Mental hospitals Bombay report 1921-28 - 1921-1928
Year: 1921
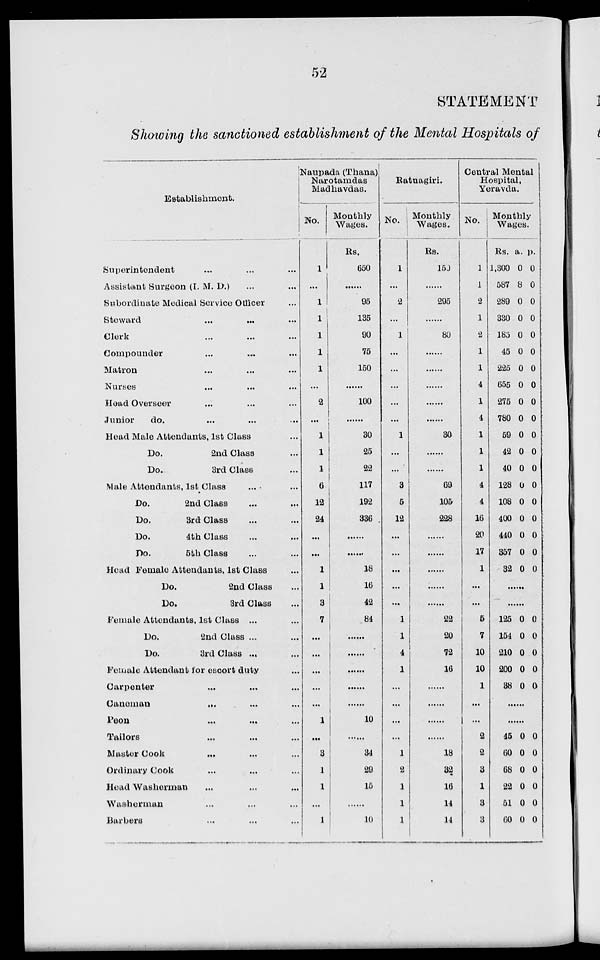
52
STATEMENT
Showing the sanctioned establishment of the Mental Hospitals of
Establishment.
Superintendent ... ... ...
Assistant Surgeon (I. M. D.) ... ...
Subordinate Medical Service Officer ...
Steward ... ... ...
Clerk ... ... ...
Compounder ... ... ...
Matron ... ... ...
Nurses ... ... ...
Head Overseer ... ... ...
Junior
do. ... ... ...
Head Male Attendants, 1st Class ...
Do.
2nd Class ...
Do.
3rd Class ...
Male Attendants, 1st Class ... ...
Do.
2nd Class ... ...
Do.
3rd
Class ... ...
Do.
4th Class ... ...
Do.
6th Class ... ...
Head Female Attendants, 1st Class ...
Do.
2nd Class ...
Do.
3rd Class ...
Female Attendants, 1st Class ...
Do.
2nd Class ... ...
Do.
3rd Class ... ...
Female Attendant tor escort duty ...
Carpenter ... ... ...
Caneman ... ... ...
Peon ... ... ...
Tailors ... ... ...
Master Cook ... ... ...
Ordinary Cook ... ... ...
Head Washerman ... ... ...
Washerman ... ... ...
Barbers ... ... ...
Naupada (Thana)
Narotamdas
Madhavdas.
No.
1
...
1
1
1
1
1
...
2
...
1
1
1
6
12
24
...
...
1
1
3
7
...
...
...
...
...
1
...
3
1
1
...
1
Monthly
Wages.
Rs.
650
......
95
135
90
75
150
......
100
......
30
25
22
117
192
336
......
......
18
16
42
84
......
......
......
......
......
10
......
34
29
15
......
10
Ratnagiri.
No.
1
...
2
...
1
...
...
...
...
...
1
...
...
3
5
12
...
...
...
...
...
1
1
4
1
...
...
...
...
1
2
1
1
1
Monthly
Wages.
Rs.
150
......
295
......
80
......
......
......
......
......
30
......
......
69
105
228
......
......
......
......
......
22
20
72
16
......
......
......
......
18
32
16
14
14
Central Mental
Hospital,
Yeravda.
No.
1
1
2
1
2
1
1
4
1
4
1
1
1
4
4
16
20
17
1
...
...
5
7
10
10
1
...
...
2
2
3
1
3
3
Monthly
Wages.
Rs.
1,300
587
289
330
185
45
225
655
275
780
59
42
40
128
108
400
440
357
32
a.
0
8
0
0
0
0
0
0
0
0
0
0
0
0
0
0
0
0
0
p.
0
0
0
0
0
0
0
0
0
0
0
0
0
0
0
0
0
0
0
......
......
125
154
210
200
38
0
0
0
0
0
0
0
0
0
0
......
......
45
60
68
22
51
60
0
0
0
0
0
0
0
0
0
0
0
0